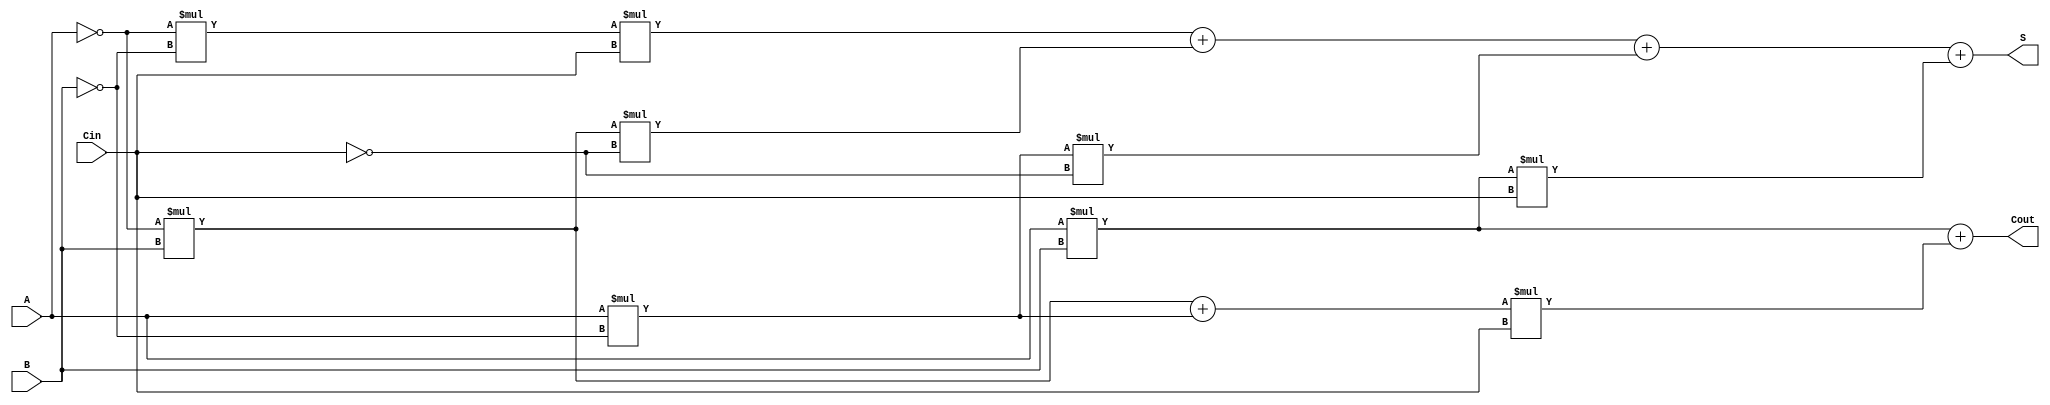
module sum_1_bit (
    input wire A,
    input wire B,
    input wire Cin,
    output wire S,
    output wire Cout
);
    
assign S = (!A)*(!B)*Cin + (!A)*B*(!Cin) + A*(!B)*(!Cin) + A*B*Cin;
assign Cout = A*B+((!A)*B+A*(!B))*Cin;
endmodule